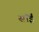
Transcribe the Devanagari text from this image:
साँईं